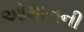
ઓમાનની